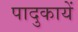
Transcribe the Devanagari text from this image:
पादुकायें